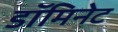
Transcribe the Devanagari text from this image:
डॉमिनेट